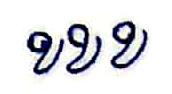
ខខខ